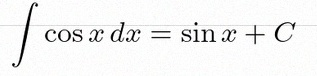
\int \cos x\,dx=\sin x+C